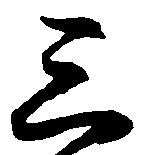
三